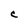
Character: C